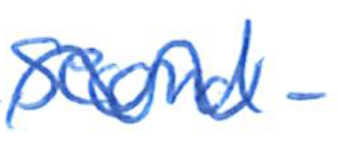
Text: second-
Cross-out: wave
Writing tool: ballpoint